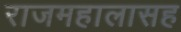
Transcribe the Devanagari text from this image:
राजमहालासह